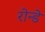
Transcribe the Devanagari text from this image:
रोन्डे